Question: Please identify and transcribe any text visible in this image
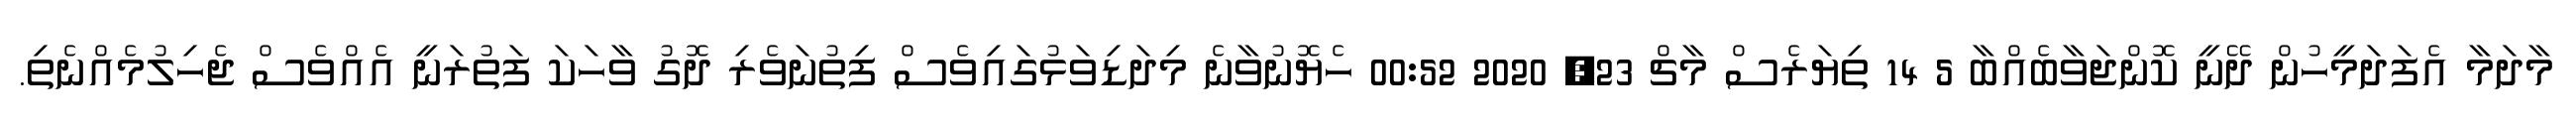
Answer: މާދަމާ އެފަދަމީހުން ދޭނީ ކޮންޖަވާބެއްބާ 5 14 ތިޔަރެސް މާޗް 23, 2020 00:52 ހެޔޮނުވާނެ މިދަޑިވަޅުގައިވެސް ފިތުނަވެރި ދޮގު ވާހަކަ ފަތުރަނީ އެއްވެސް ޖެހިލުމެއްނެތި.